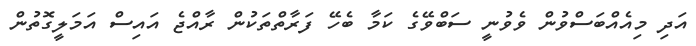
އަދި މިއެއްބަސްވުން ވެވުނީ ސަބްވޭގެ ކަމާ ބެހޭ ފަރާތްތަކުން ރާއްޖެ އައިސް އަމަލީގޮތުން